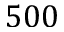
5 0 0